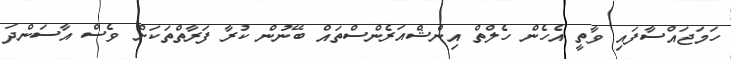
ހަމަޖައްސާފައި ވާތީ އެހެން ހެލްތް އިންޝްއަރެންސްތައް ބޭނުން ކުރާ ފަރާތްތަކަށް ވެސް އާސަންދަ